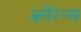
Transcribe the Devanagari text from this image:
क्लैरेन्स